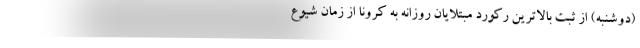
(دوشنبه) از ثبت بالاترین رکورد مبتلایان روزانه به کرونا از زمان شیوع